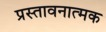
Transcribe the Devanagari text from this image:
प्रस्तावनात्मक